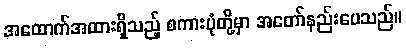
အထောက်အထားရှိသည့် စကားပုံတို့မှာ အတော်နည်းပေသည်။